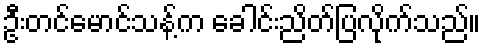
ဦးတင်မောင်သန့်က ခေါင်းညိတ်ပြလိုက်သည်။